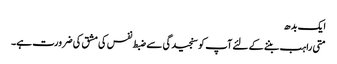
ایک بدھ
متی راہب بننے کے لئے آپ کو سنجیدگی سے ضبط نفس کی مشق کی ضرورت ہے۔